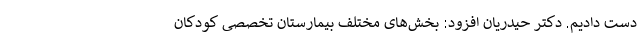
دست دادیم. دکتر حیدریان افزود: بخش‌های مختلف بیمارستان تخصصی کودکان